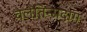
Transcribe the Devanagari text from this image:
वेलेंतिन्सदाग